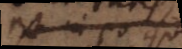
est in eo qui